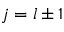
j = l \pm 1